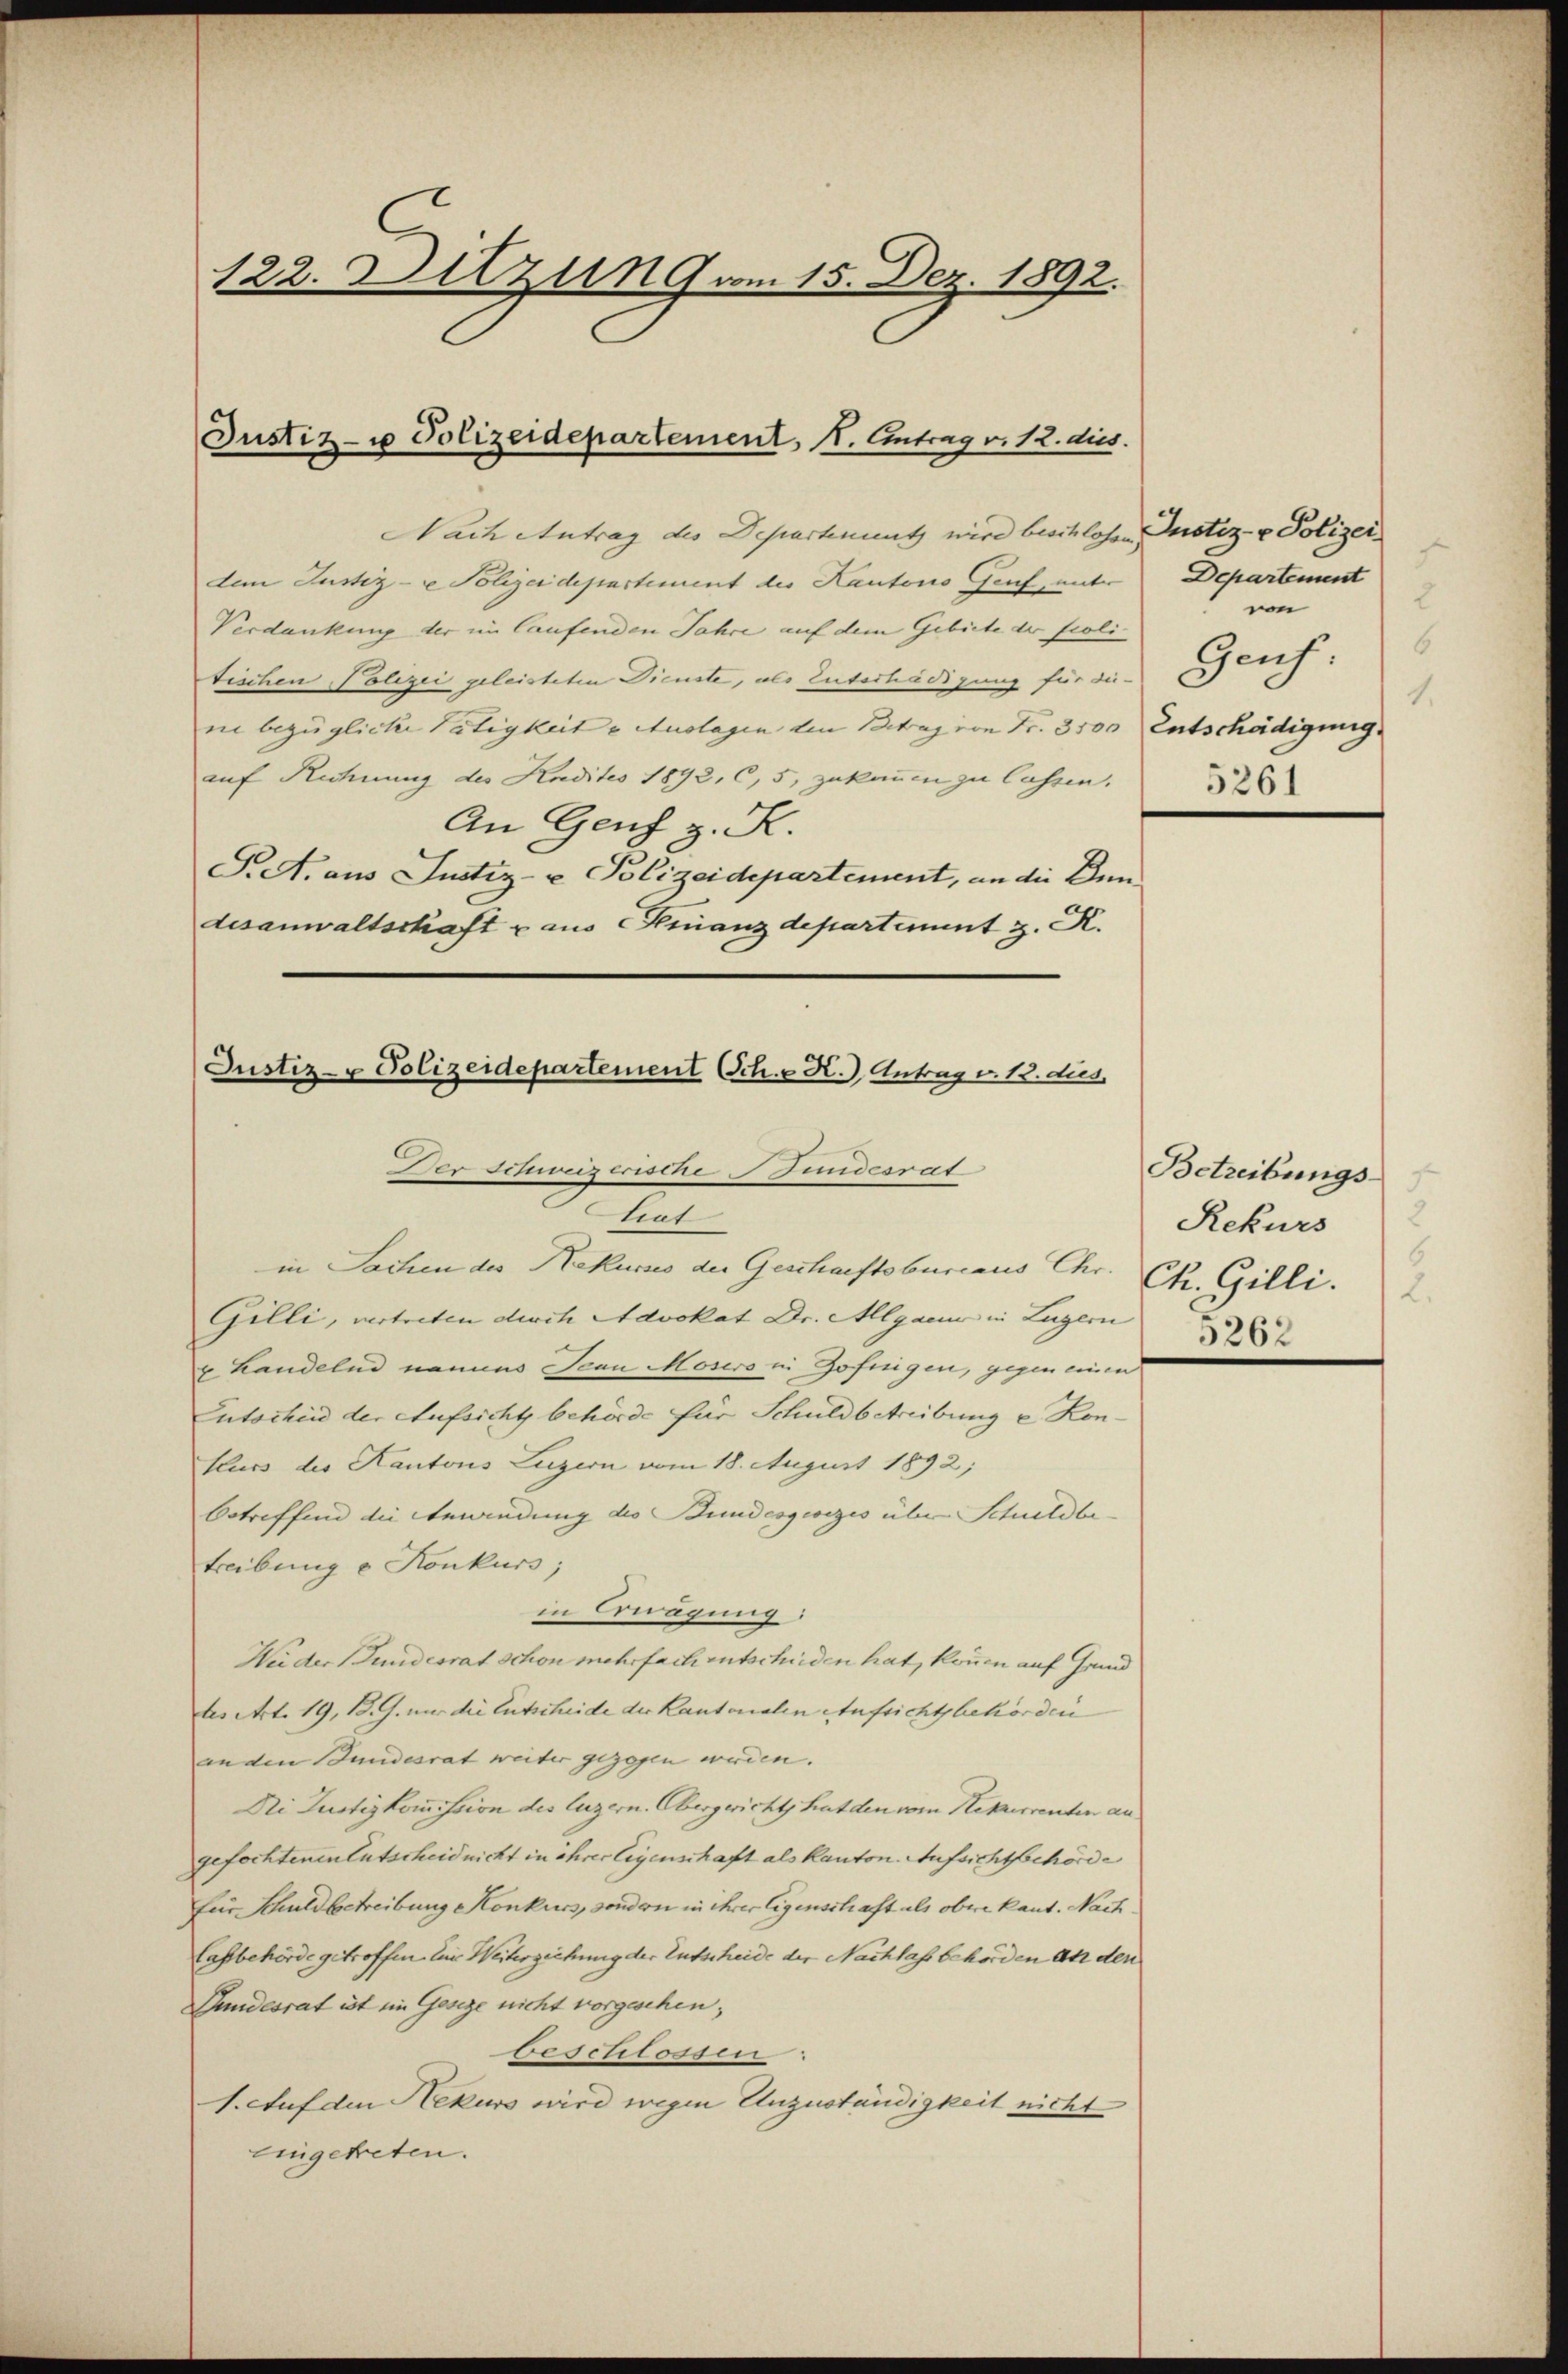
122. Ditzung vom 15. Dez. 1892.

Justiz- u Polizeidepartement, 1. Antrag v. 12. dies.

Nach Antrag des Departementz wird beschlosen Justiz- & Polizei
dem Justiz- & Polizeidepartement der Kantons Genf, unter
Verdankung der im laufenden Jahre auf dem Gebiete der Politischen Polizei geleisteten Dienste, als Entschädigung für diein bezüglicher Tätigkeit u Auslagen den Betrag von Fr. 3500 Entschädigung
auf Rechnung des Hudites 1892, 65, zukommen zu lassen.
An Genf z. K.
S. A. aus Justiz- u Polizeidepartement, an die Ann
desanwaltschaft u aus Finanzdepartiment z. R.

Justiz- & Polizeidepartement Sch. R.) Antrag v. 12. dies
 Der Schweizerische Fundesrat
tiut

in Sachen des Rekurses der Geschaftsbureaus Chr. Chr. Gilli.
Gilli, vertreten durch Advokat Dr. Algacur in Lugern
x Landelnd namens Jean Mosers in Zofiigen, gegen einen
Lutschin der Aufsicht behörde für Schuldbetreibung e Konfluss der Kantons Luzern vom 18. August 1892;
betreffend die Anwendung des Bundesgesezes über Schuldbetreibung u Konkurs;
in Erwägung:
Wider Fundesrat schon mehrfach entschieden hat, können auf Grund
tes Art. 19, B. G. nur die Entscheide der Kantonalen Aufsichtsbehörden
an den Bundesrat weiter gezogen werden. |
Ni Justizkommission des Luzern. Obergwicht hat den vom Rekurrenten an
gefochtenen Entscheid nicht in ehrer legenschaft als Kanton. Aufsichtchörde
für Schuldbetreibung Konkurs, sondern in ihrer Eigenschaft als obere kant. Nach¬
Lassbehörde getroffen. Ein Weiterzeihung der Entscheide der Nachlass behörden an den
Gundesrat ist im Geseze nicht vorgeschen;
beschlossen.
1. Auf den Rekurs wird wegen Unzuständigkeit nicht
eingetreten.

7
Departement
2
von
6
Gaus
1.
5261

Betreibungs
Rekurs
5262